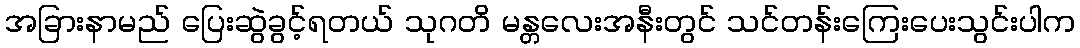
အခြားနာမည် ပြေးဆွဲခွင့်ရတယ် သုဂတိ မန္တလေးအနီးတွင် သင်တန်းကြေးပေးသွင်းပါက